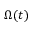
\Omega ( t )